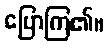
ပြောကြ၏။